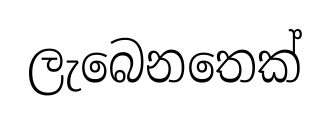
ලැබෙනතෙක්